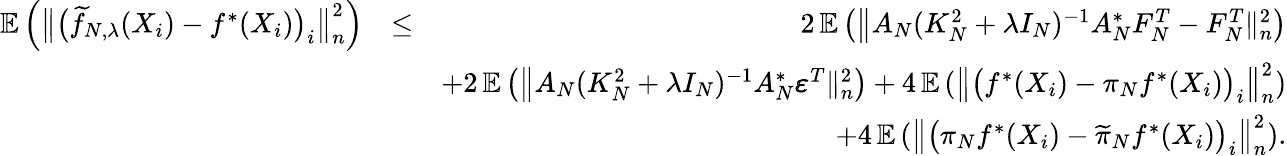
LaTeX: \begin{array}{rlr}{\mathbb E\left(\big\| \big(\widetilde f_{N,\lambda}(X_{i})-f^{*}(X_{i})\big)_{i}\big\| _{n}^{2}\right)}&{\leq}&{2\, \mathbb E\left(\big\| A_{N}(K_{N}^{2}+\lambda I_{N})^{-1}A_{N}^{*}F_{N}^{T}-F_{N}^{T}\| _{n}^{2}\right)}\\ &{}&{+2\, \mathbb E\left(\big\| A_{N}(K_{N}^{2}+\lambda I_{N})^{-1}A_{N}^{*}\pmb\varepsilon^{T}\| _{n}^{2}\right)+4\, \mathbb E\left(\big\| \big(f^{*}(X_{i})-\pi_{N}f^{*}(X_{i})\big)_{i}\big\| _{n}^{2}\right)}\\ &{}&{+4\, \mathbb E\left(\big\| \big(\pi_{N}f^{*}(X_{i})-\widetilde\pi_{N}f^{*}(X_{i})\big)_{i}\big\| _{n}^{2}\right).}\end{array}